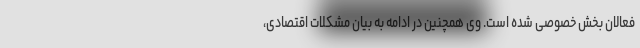
فعالان بخش خصوصی شده است. وی همچنین در ادامه به بیان مشکلات اقتصادی،